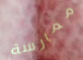
ممارسة